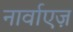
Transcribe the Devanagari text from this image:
नार्वाएज़